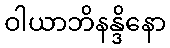
ဝါယာဘိနန္ဒိနော